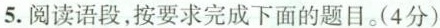
5.阅读语段，按要求完成下面的题目。（4分）